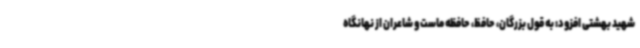
شهید بهشتی افزود: به قول بزرگان، حافظ، حافظه ماست و شاعران از نهانگاه